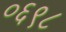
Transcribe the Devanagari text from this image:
०६९८